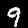
Label: 9